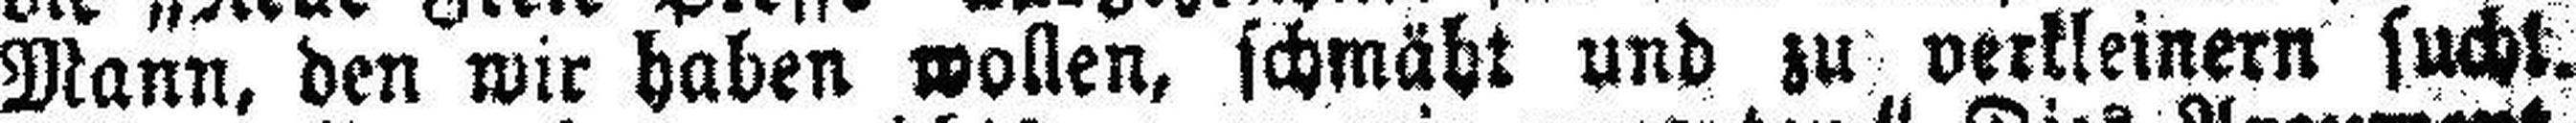
Mann, den wir haben wollen, schmäht und zu verkleinern sucht.